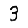
Digit: 3